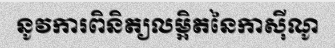
នូវការពិនិត្យលម្អិតនៃកាស៊ីណូ